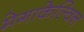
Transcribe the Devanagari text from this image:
मेगाकेल्विन